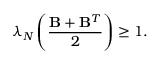
\lambda _ { \ensuremath { N } } \left( \frac { \ensuremath { \mathbf { B } } + \ensuremath { \mathbf { B } } ^ { T } } { 2 } \right) \geq 1 .